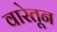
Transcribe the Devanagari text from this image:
वारेतून